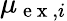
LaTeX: \mu_{\mathrm{~e~x~},i}